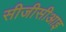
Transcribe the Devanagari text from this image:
सीजीसीआइ